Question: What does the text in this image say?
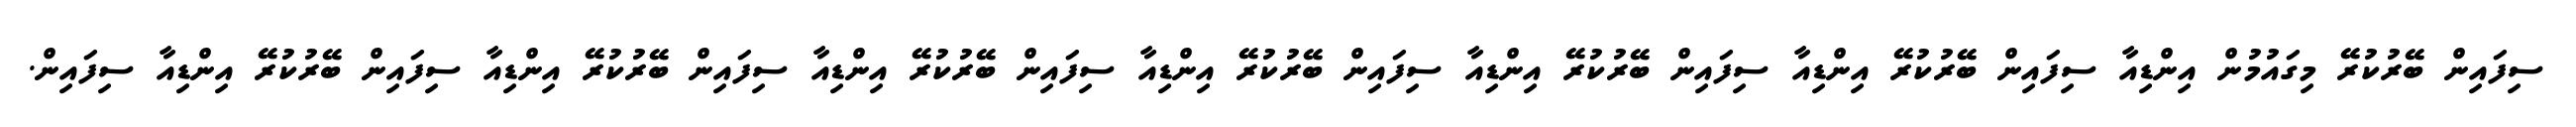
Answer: ސިފައިން ބޭރުކުރޭ މިގައުމުން އިންޑިއާ ސިފައިން ބޭރުކުރޭ އިންޑިއާ ސިފައިން ބޭރުކުރޭ އިންޑިއާ ސިފައިން ބޭރުކުރޭ އިންޑިއާ ސިފައިން ބޭރުކުރޭ އިންޑިއާ ސިފައިން ބޭރުކުރޭ އިންޑިއާ ސިފައިން ބޭރުކުރޭ އިންޑިއާ ސިފައިން.